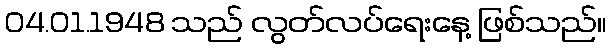
04.01.1948 သည် လွတ်လပ်ရေးနေ့ ဖြစ်သည်။